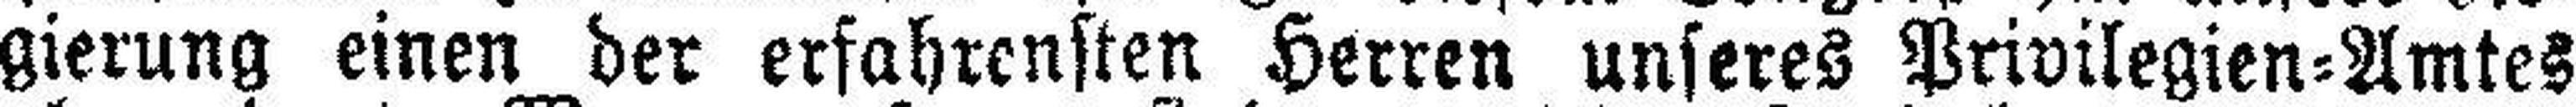
gierung einen der erfahrensten Herren unseres Privilegien=Amtes